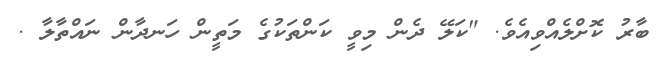
ބާރު ކޮށްލެއްވިއެވެ. "ކަލޭ ދެން މިވީ ކަންތަކުގެ މަތީން ހަނދާން ނައްތާލާ .